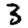
Digit: 3